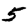
Digit: 5